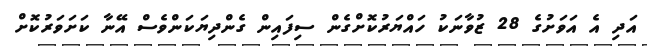
އަދި އެ އަވަށުގެ 28 ޒުވާނަކު ހައްޔަރުކޮށްގެން ސިފައިން ގެންދިޔަކަންވެސް އޭނާ ކަށަވަރުކޮށް